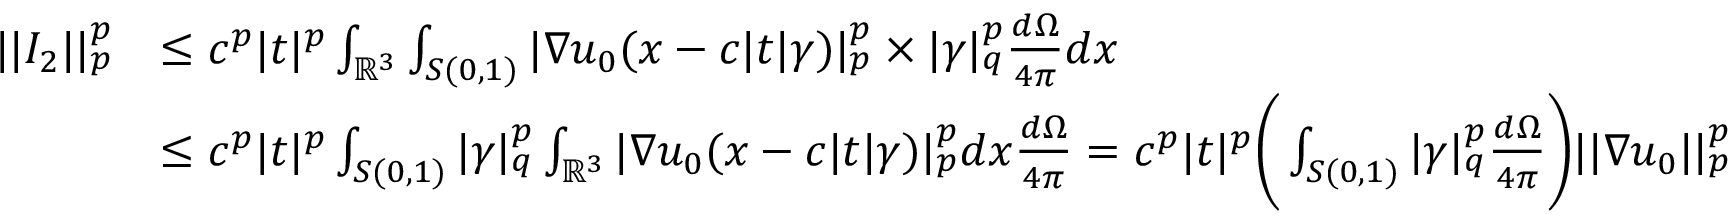
\begin{array} { r l } { | | I _ { 2 } | | _ { p } ^ { p } } & { \leq c ^ { p } | t | ^ { p } \int _ { \mathbb { R } ^ { 3 } } \int _ { S ( 0 , 1 ) } | \nabla u _ { 0 } ( x - c | t | \gamma ) | _ { p } ^ { p } \times | \gamma | _ { q } ^ { p } \frac { d \Omega } { 4 \pi } d x } \\ & { \leq c ^ { p } | t | ^ { p } \int _ { S ( 0 , 1 ) } | \gamma | _ { q } ^ { p } \int _ { \mathbb { R } ^ { 3 } } | \nabla u _ { 0 } ( x - c | t | \gamma ) | _ { p } ^ { p } d x \frac { d \Omega } { 4 \pi } = c ^ { p } | t | ^ { p } \Bigg ( \int _ { S ( 0 , 1 ) } | \gamma | _ { q } ^ { p } \frac { d \Omega } { 4 \pi } \Bigg ) | | \nabla u _ { 0 } | | _ { p } ^ { p } } \end{array}